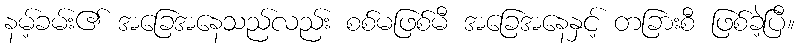
နမ့်ခမ်း၏ အခြေအနေသည်လည်း စစ်မဖြစ်မီ အခြေအနေနှင့် တခြားစီ ဖြစ်ခဲ့ပြီ။